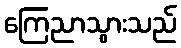
ကြေညာသွားသည်